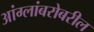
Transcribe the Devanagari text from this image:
आंग्लांबरोबरील